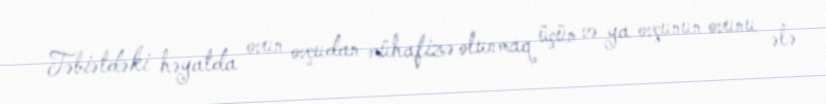
Təbiətdəki həyatda ovun ovçudan mühafizə olunmaq üçün və ya ovçunun ovunu ələ